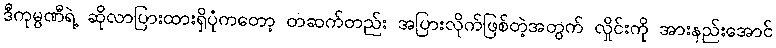
ဒီကုမ္ပဏီရဲ့ ဆိုလာပြားထားရှိပုံကတော့ တဆက်တည်း အပြားလိုက်ဖြစ်တဲ့အတွက် လှိုင်းကို အားနည်းအောင်